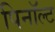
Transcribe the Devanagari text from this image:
पिनॉल्ट